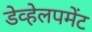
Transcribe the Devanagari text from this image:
डेव्हेलपमेंट